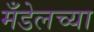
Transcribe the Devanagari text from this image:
मँडेलच्या